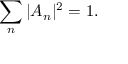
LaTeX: \displaystyle \sum _ { n } | A _ { n } | ^ { 2 } = 1 .